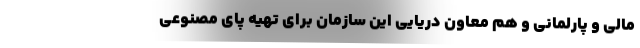
مالی و پارلمانی و هم معاون دریایی این سازمان برای تهیه پای مصنوعی